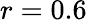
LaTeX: r=0.6